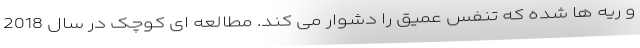
و ریه ها شده که تنفس عمیق را دشوار می کند. مطالعه ای کوچک در سال 2018